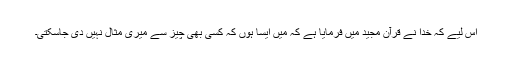
اس لیے کہ خدا نے قرآن مجید میں فرمایا ہے کہ میں ایسا ہوں کہ کسی بھی چیز سے میری مثال نہیں دی جاسکتی۔